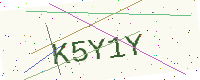
Text: K5Y1Y